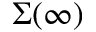
\Sigma ( \infty )